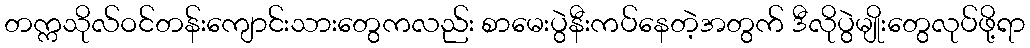
တက္ကသိုလ်ဝင်တန်းကျောင်းသားတွေကလည်း စာမေးပွဲနီးကပ်နေတဲ့အတွက် ဒီလိုပွဲမျိုးတွေလုပ်ဖို့ရာ